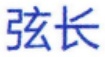
弦长